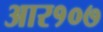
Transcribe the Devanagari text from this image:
आर१०७